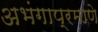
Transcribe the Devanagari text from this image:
अभंगाप्रमाणे